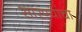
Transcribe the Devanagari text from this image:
सारण्यांचा